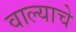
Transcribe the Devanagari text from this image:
वाल्याचे